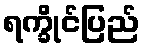
ရက္ခိုင်ပြည်